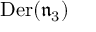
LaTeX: { \mathrm { D e r } } ( { \mathfrak { n } } _ { 3 } )